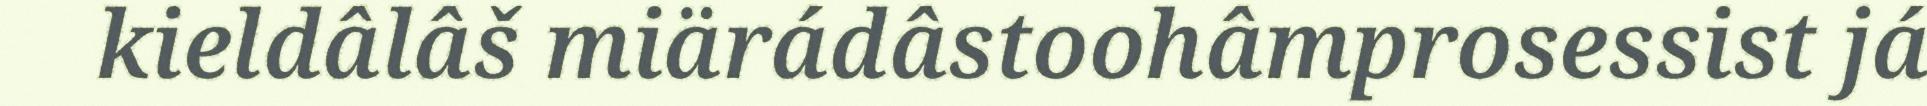
kieldâlâš miärádâstoohâmprosessist já